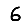
Digit: 6